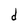
Character: d